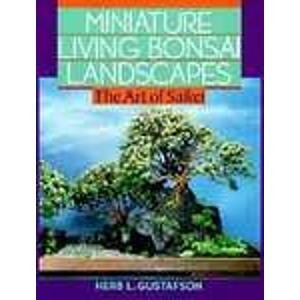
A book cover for Miniature Living Bonsai Landscapes: The Art of Saikei; Herb L. Gustafson; Crafts, Hobbies & Home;